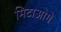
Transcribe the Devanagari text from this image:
मिटाओगे